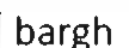
bargh